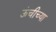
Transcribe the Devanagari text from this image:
ऊंचीच्या